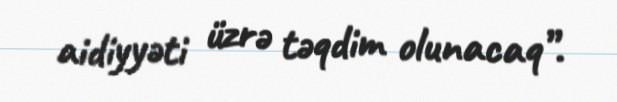
aidiyyəti üzrə təqdim olunacaq”.